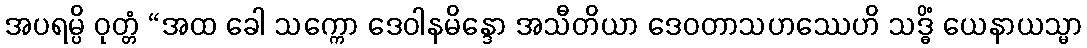
အပရမ္ပိ ဝုတ္တံ “အထ ခေါ သက္ကော ဒေဝါနမိန္ဒော အသီတိယာ ဒေဝတာသဟဿေဟိ သဒ္ဓိံ ယေနာယသ္မာ